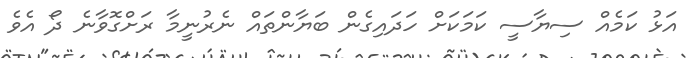
އަޅު ކަމެއް ސިޔާސީ ކަމަކަށް ހަދައިގެން ބަޔާންތައް ނެރުނީމާ ރަށްގޮވާނެ ދޯ އެވެ